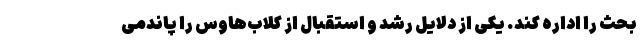
بحث را اداره کند. یکی از دلایل رشد و استقبال از کلاب‌هاوس را پاندمی